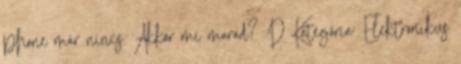
phone már nincs. Akkor mi marad? :D Kategória: Elektronikus